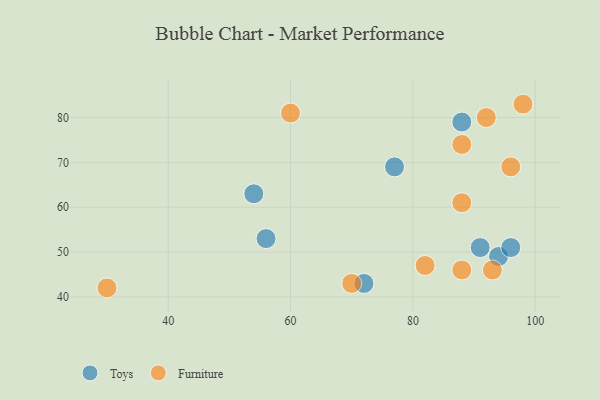
{"axis": {"x": "GDP", "y": "Life Expectancy"}, "legend": ["Furniture", "Toys"], "data": [{"x": "77", "y": 69, "type": "Toys"}, {"x": "94", "y": 49, "type": "Toys"}, {"x": "72", "y": 43, "type": "Toys"}, {"x": "88", "y": 79, "type": "Toys"}, {"x": "96", "y": 51, "type": "Toys"}, {"x": "56", "y": 53, "type": "Toys"}, {"x": "91", "y": 51, "type": "Toys"}, {"x": "54", "y": 63, "type": "Toys"}, {"x": "98", "y": 83, "type": "Furniture"}, {"x": "82", "y": 47, "type": "Furniture"}, {"x": "88", "y": 61, "type": "Furniture"}, {"x": "60", "y": 81, "type": "Furniture"}, {"x": "30", "y": 42, "type": "Furniture"}, {"x": "88", "y": 74, "type": "Furniture"}, {"x": "93", "y": 46, "type": "Furniture"}, {"x": "70", "y": 43, "type": "Furniture"}, {"x": "92", "y": 80, "type": "Furniture"}, {"x": "88", "y": 46, "type": "Furniture"}, {"x": "96", "y": 69, "type": "Furniture"}]}